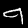
Digit: 9